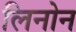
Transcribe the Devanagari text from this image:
लिनोन